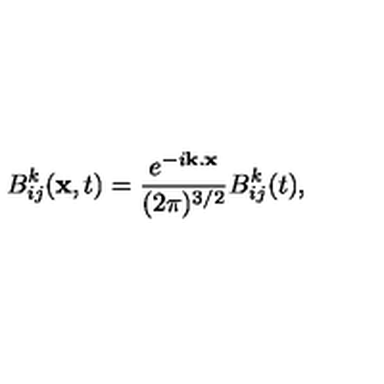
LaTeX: B _ { i j } ^ { k } ( { \bf x } , t ) = \frac { { e } ^ { - i { \bf k } . { \bf x } } } { ( 2 \pi ) ^ { 3 / 2 } } B _ { i j } ^ { k } ( t ) ,